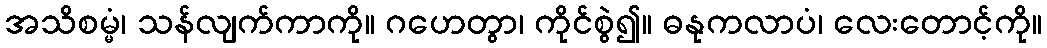
အသိစမ္မံ၊ သန်လျက်ကာကို။ ဂဟေတွာ၊ ကိုင်စွဲ၍။ ဓနုကလာပံ၊ လေးတောင့်ကို။